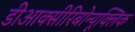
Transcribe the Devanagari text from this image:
डीआक्सीरिबोन्यूक्लिक